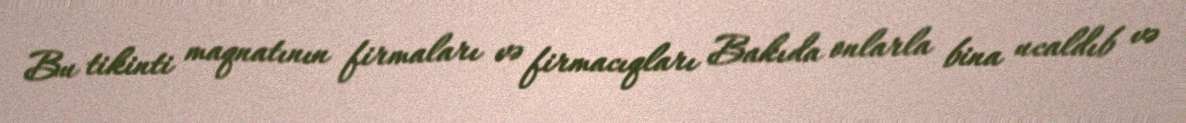
Bu tikinti maqnatının firmaları və firmacıqları Bakıda onlarla bina ucaldıb və